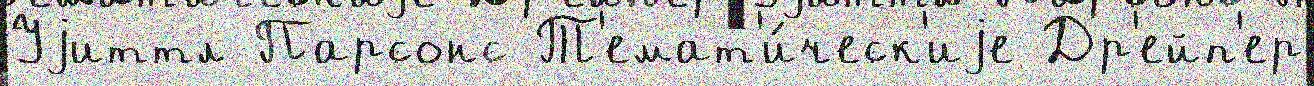
Уjиттл Парсонс Т'емат'и́ческ'иjе Др'ейп'ер